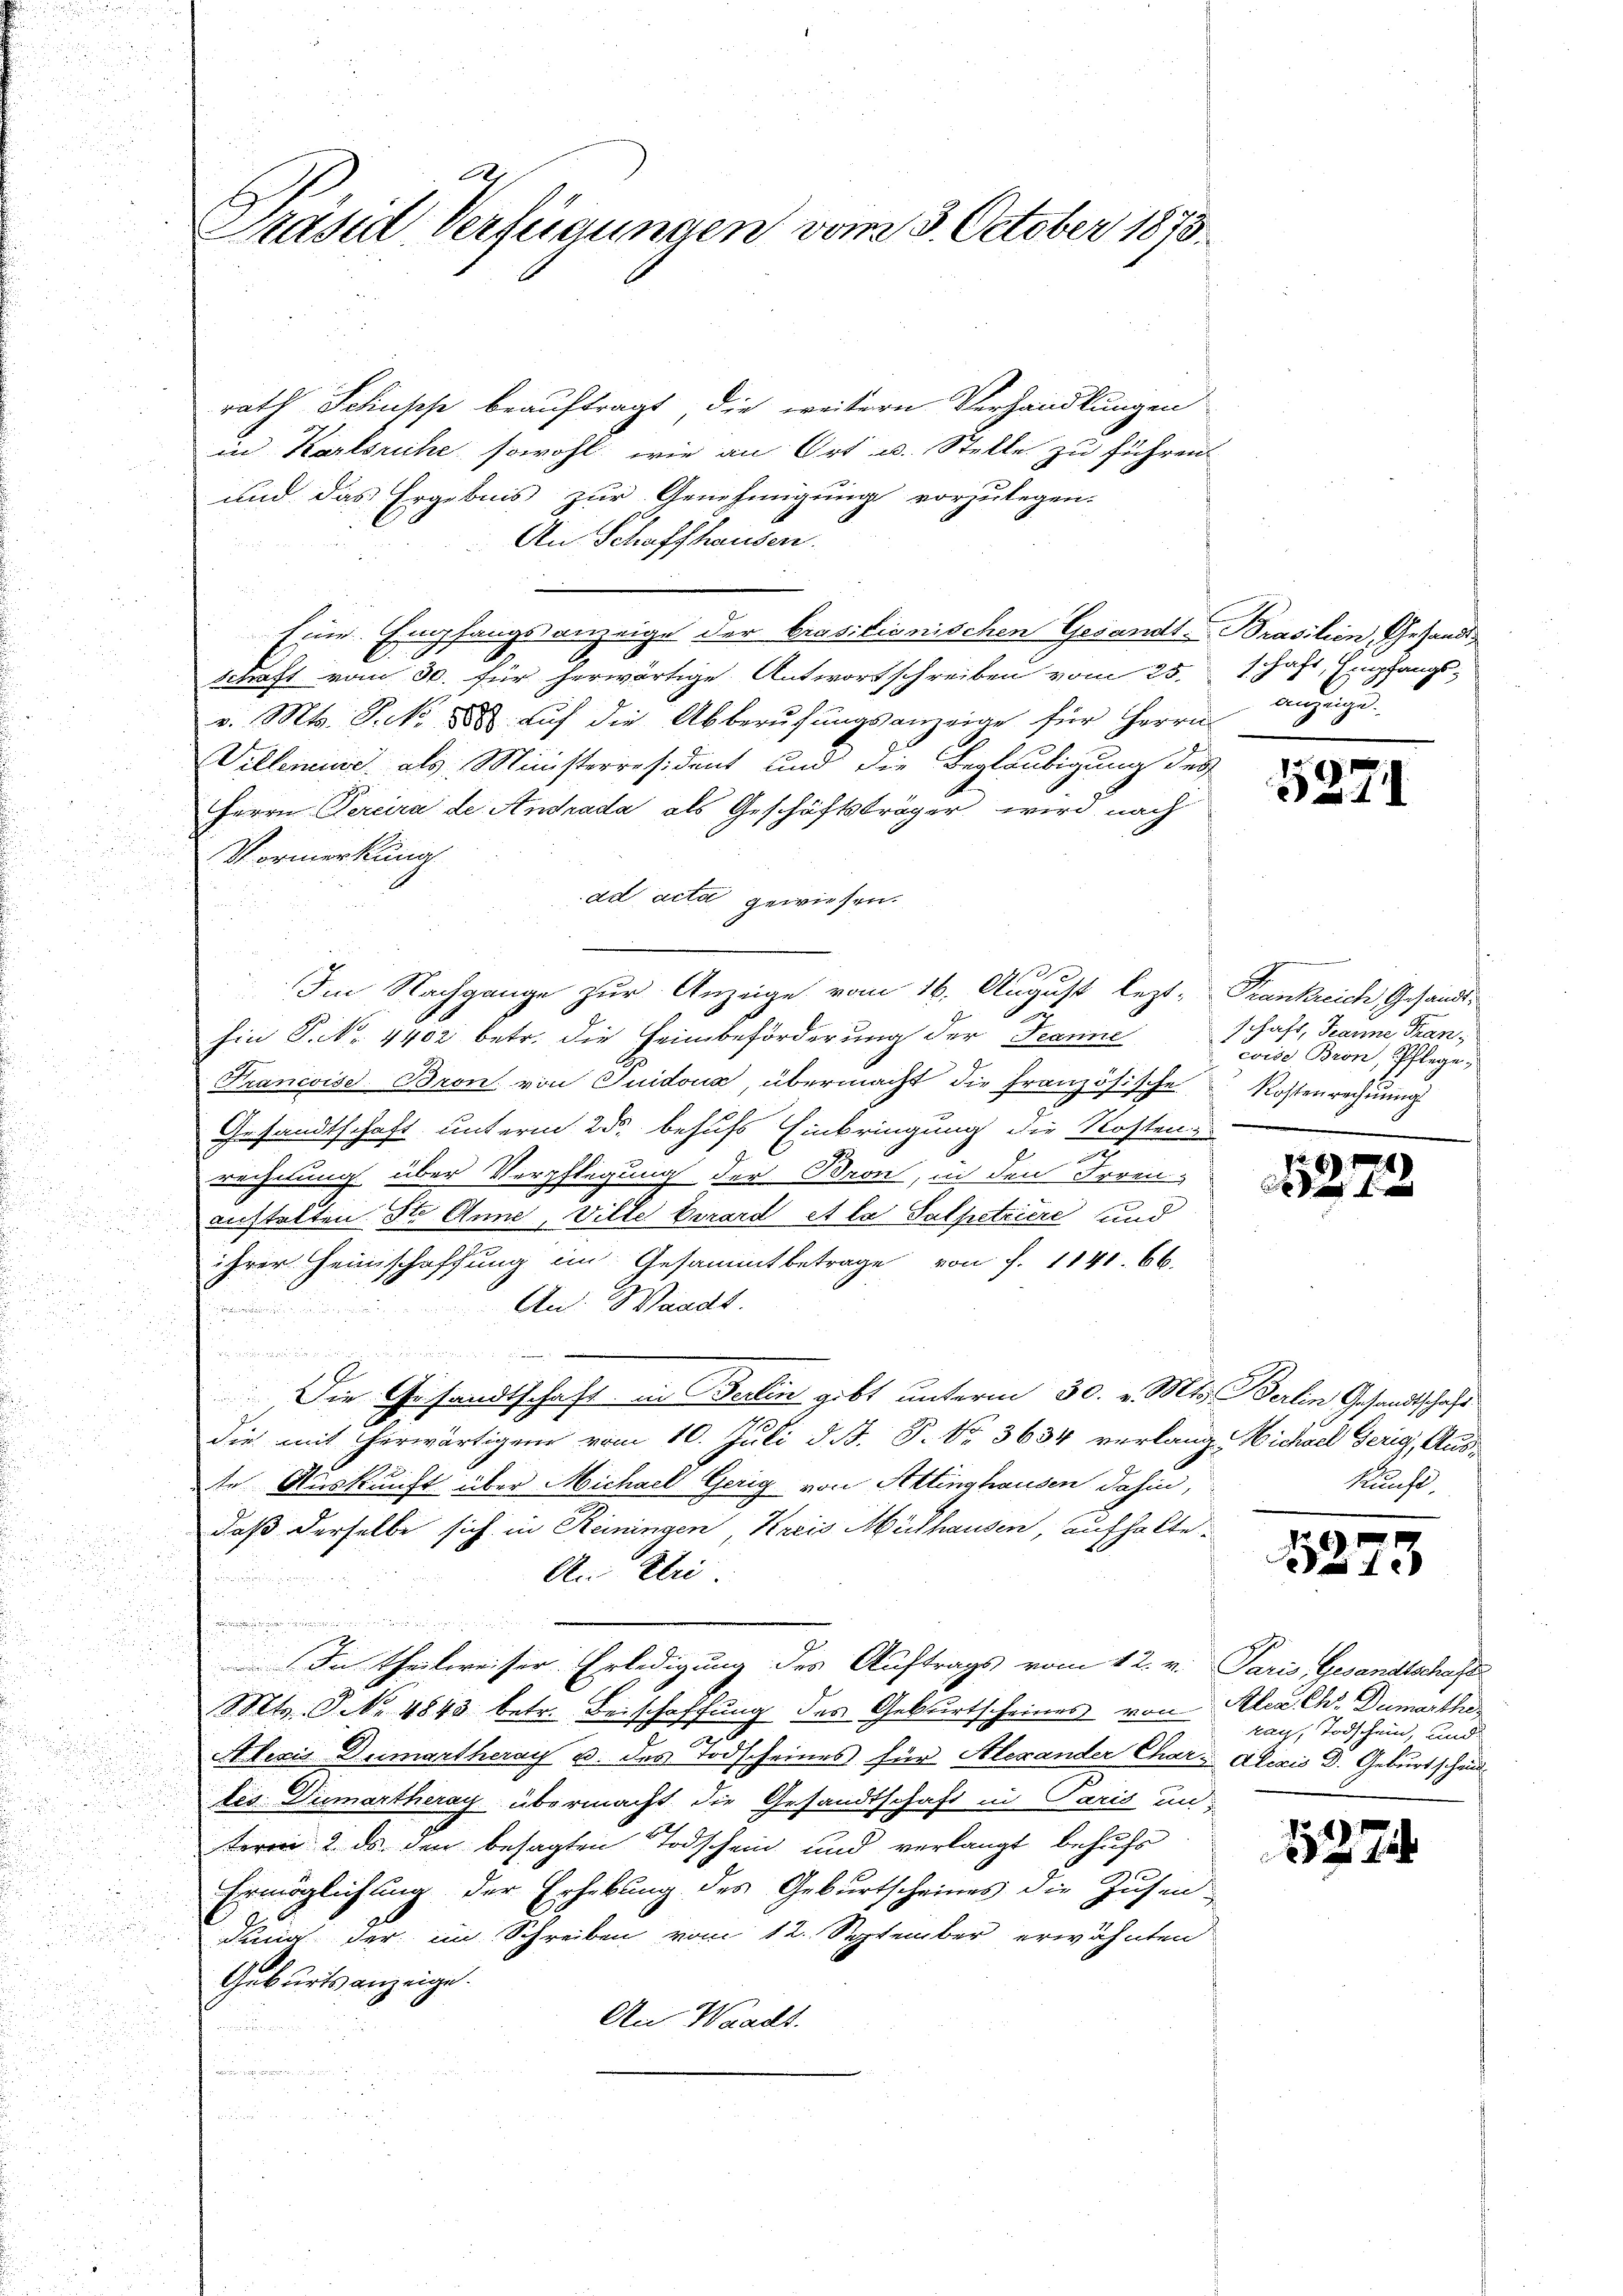
¬

i

E
Präsid Verfügungen vom 3. October 1873.

rath Schusche beauftragt, die weitern Verhandlungen
in Karlsruhe sowohl wie an Ort u. Stelle zu führen
und das Ergebnis zur Genehmigung vorzulegen.
An Schaffhausen.
Eine Empfangsanzeige der brasitionischen Gesandt-Prasilien, Gesand¬
Schaft vom 30. für herwärtige Antwortschreiben vom 25.
v. Mts. S. 28. Aŭf die Abberŭfŭngsanzeige für Herrn
Willerie als Ministerresident und die Beglaubigung der
Herrn Percira de Antrada als Geschäftsträger wird nach
Vormerkung
ad acta gewiesen.
2
Im Nachgange zur Anzeige vom 16. August lezt-
hin P. No. 4402 betr. die Heimbeförderung der Jeanne
Krancoise. Bron von Tuidoua übermacht die Französische
Gesandtschaft unterm 23ste behufs Einbringung die Kostend
rechtung über Verpflegung der Bron, in den Irren-
anstalten St. Anna, Ville berard et la Salpetriere und
ihrer Heimschaffung im Gesammtbetrage von f. 1141. 66.
An: Waadt.

n

undärer
n
Die Gesandtschaft in Berlin gibt unterm 30. v. Mts. Berlin Gesandtschaft
die mit herwärtigen vom 10. Juli d. J. P. Nr. 3634 verlang Nichael Gerig, Aus-
te Auskunft über Michael Gerig von Attinghausen dahin,
daß derselbe sich in Reiningen Kreis Mülhausen, aufhalte
.
An Eri

.
In theilweiser Erledigung des Auftrags vom 12. v. Paris Gesandtschaft
Mts. S. No 4843 betr. Beischaffung des Geburtscheines von Alex. Chr. Dumarthu
2
Aleris Dumartheray u. des Todscheines für Alexander Char Alexis D. Geburt scheid
tes. Dumartheray übermacht die Gesandtschaft in Paris un
teren 2. ds den besagten Todschein und verlangt behufs
1
Ermöglichung der Erhebung des Geburtscheines die Zusendung der im Schreiben vom 12. September erwähnten
Geburtsanzeige.
An Waadt.
i

schaft, Empfangsanzeige.

5371

Frankreich Gesandt.
schaft, Jeanne Tran,
cise Bron, Pflege;
Kostenrechnung
e

129
de

Runde.

15275

rau, Todschein, und

1274